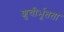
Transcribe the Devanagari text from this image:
शुचीर्भूतता